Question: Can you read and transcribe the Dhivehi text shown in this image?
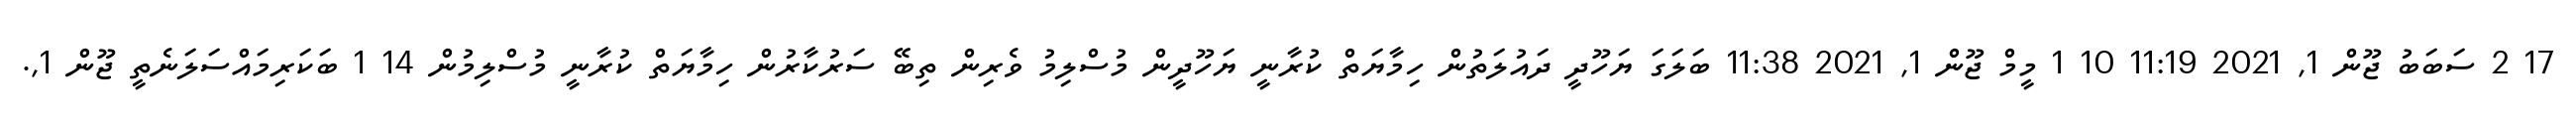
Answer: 17 2 ސަބަބު ޖޫން 1, 2021 11:19 10 1 މީމް ޖޫން 1, 2021 11:38 ބަލަގަ ޔަހޫދީ ދައުލަތުން ހިމާޔަތް ކުރާނީ ޔަހޫދީން މުސްލިމު ވެރިން ތިބޭ ސަރުކާރުން ހިމާޔަތް ކުރާނީ މުސްލިމުން 14 1 ބަކަރިމައްސަލަނެތީ ޖޫން 1,.